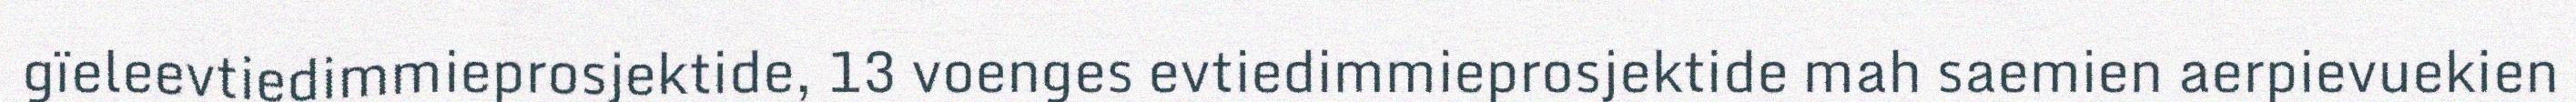
gïeleevtiedimmieprosjektide, 13 voenges evtiedimmieprosjektide mah saemien aerpievuekien